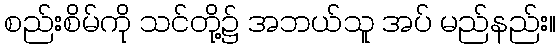
စည်းစိမ်ကို သင်တို့၌ အဘယ်သူ အပ် မည်နည်း။